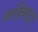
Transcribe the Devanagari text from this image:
अदिथाडा